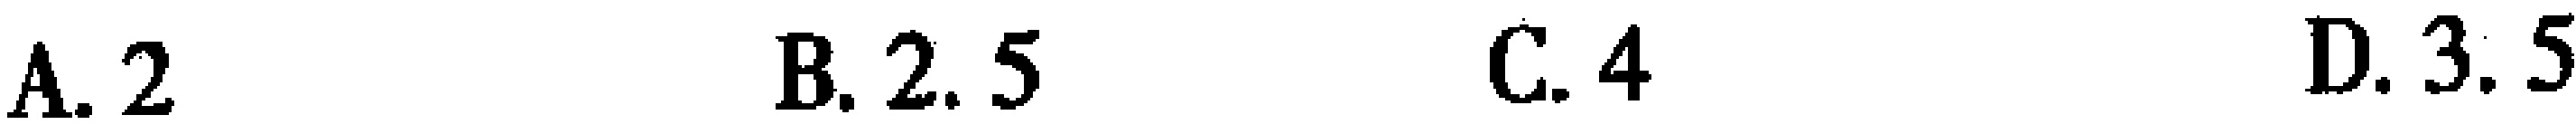
A. 2 \quad B. 2.5 \quad C. 4 \quad D. 3.5